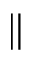
\parallel